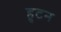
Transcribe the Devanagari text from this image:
हुटन